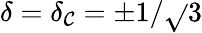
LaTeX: \delta=\delta_{\mathcal{C}}=\pm1/\sqrt{}{{3}}